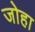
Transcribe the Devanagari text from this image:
जोहा